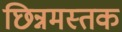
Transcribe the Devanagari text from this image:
छिन्नमस्तक